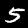
Label: 5